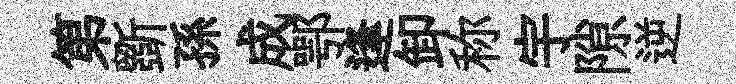
第斵孫成鄂逢卸称宇隙逆